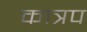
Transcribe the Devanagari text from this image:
कात्रप